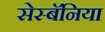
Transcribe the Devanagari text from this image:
सेस्बॅनिया